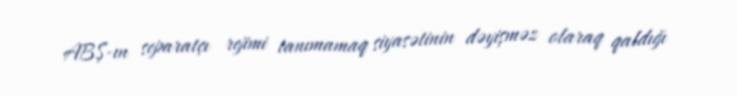
ABŞ-ın separatçı rejimi tanımamaq siyasətinin dəyişməz olaraq qaldığı